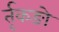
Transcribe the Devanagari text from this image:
र्तृकङो